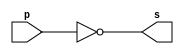
//----
//Exemplo0002 - buffer
//Nome: Thas Pedrosa Gomes
//Matrcula: 451616
//----

//----
//-- not gate
//----

module notgate (output s, input p);
assign s = ~p; //criar vinculo permanente
              //(dependencia)
endmodule // notgate

//----
//-- test not gate
//----

module testnotgate;
//---- dados locais
	reg a; //definir registrador
	       //(variavel independente)
	wire s; //definir conexao (fio)
	        //(variavel dependente)
			  
//---- instancia
notgate NOT1 (s,a);

//---- preparacao
initial begin: start
  a = 0; //valor inicial
end

//---- parte principal
initial begin: main
    //execucao unitaria
	$display("Exemplo0002 - Thais Pedrosa Gomes - 451616");
	$display("Test NOT gate.");
	$display("\n~a = s\n");
	  a = 0;
#1 	$display("~%b = %b", a, s);
     a = 1;
#1    $display("~%b = %b", a, s);
end

endmodule //testnotgate